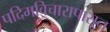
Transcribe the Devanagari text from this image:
पदिमविचारापासून